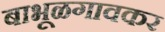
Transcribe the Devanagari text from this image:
बाभूळगावकर